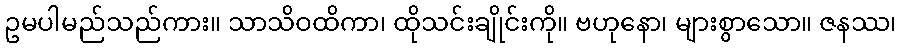
ဥမပါမည်သည်ကား။ သာသိဝထိကာ၊ ထိုသင်းချိုင်းကို။ ဗဟုနော၊ များစွာသော။ ဇနဿ၊